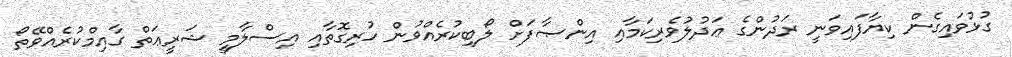
ގުޅުވައިގެން ކިޔާފައިވަނީ ރަދުންގެ ޢަދުލުވެރިކަމާއި އިންޞާފަށް ލޯބިކުރެއްވުން ހުރިގޮތާއި އިސްލާމީ ޝަރީޢަތް ގާއިމްކުރެއްވޭތޯ